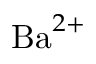
\mathrm { B a } ^ { 2 + }